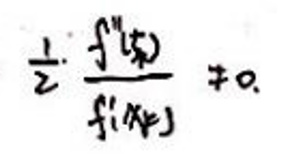
\[
\frac{1}{2} \cdot \frac{f''(x)}{f'(x)} \neq 0
\]